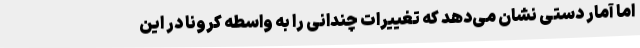
اما آمار دستی نشان می‌دهد که تغییرات چندانی را به واسطه کرونا در این